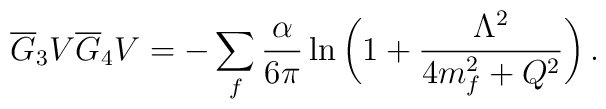
\overline G_3V\overline G_4V =-\sum_f {\alpha\over 6\pi}       \ln{\bigg( 1+{\Lambda^2\over 4m_f^2+Q^2}\bigg)}\,.